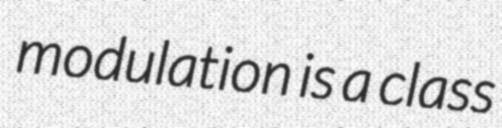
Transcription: modulation is a class